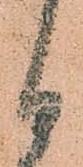
日